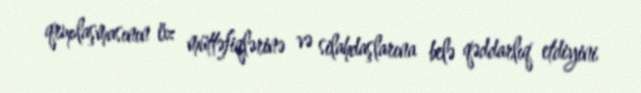
qruplaşmasının öz müttəfiqlərinə və silahdaşlarına belə qəddarlıq etdiyini